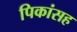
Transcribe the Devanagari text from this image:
पिकांसह